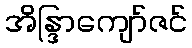
အိန္ဒြာကျော်ဇင်